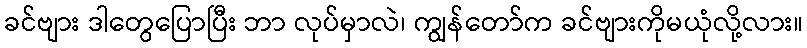
ခင်ဗျား ဒါတွေပြောပြီး ဘာ လုပ်မှာလဲ၊ ကျွန်တော်က ခင်ဗျားကိုမယုံလို့လား။